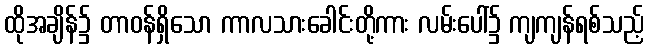
ထိုအချိန်၌ တာဝန်ရှိသော ကာလသားခေါင်းတို့ကား လမ်းပေါ်၌ ကျကျန်ရစ်သည့်